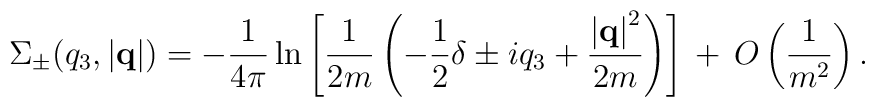
\Sigma_{\pm}(q_3,\left|{\bf q}\right|) = - \frac{1}{4\pi} \ln \left[ \frac{1}{2m} \left( -\frac{1}{2}\delta \pm iq_3 + \frac{\left|{\bf q}\right|^2}{2m} \right) \right] \,  + \, O\left(\frac{1}{m^2}\right).